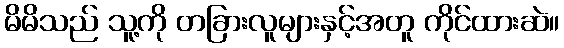
မိမိသည် သူ့ကို တခြားလူများနှင့်အတူ ကိုင်ထားဆဲ။